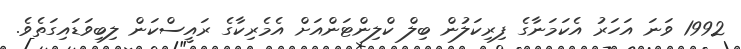
1992 ވަނަ އަހަރު އެކަމަނާގެ ފިރިކަލުން ބިލް ކްލިންޓަންއަށް އެމެރިކާގެ ރައީސްކަން ލިބިވަޑައިގަތެވެ.